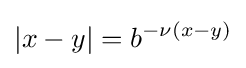
|x-y|=b^{-\nu (x-y)}